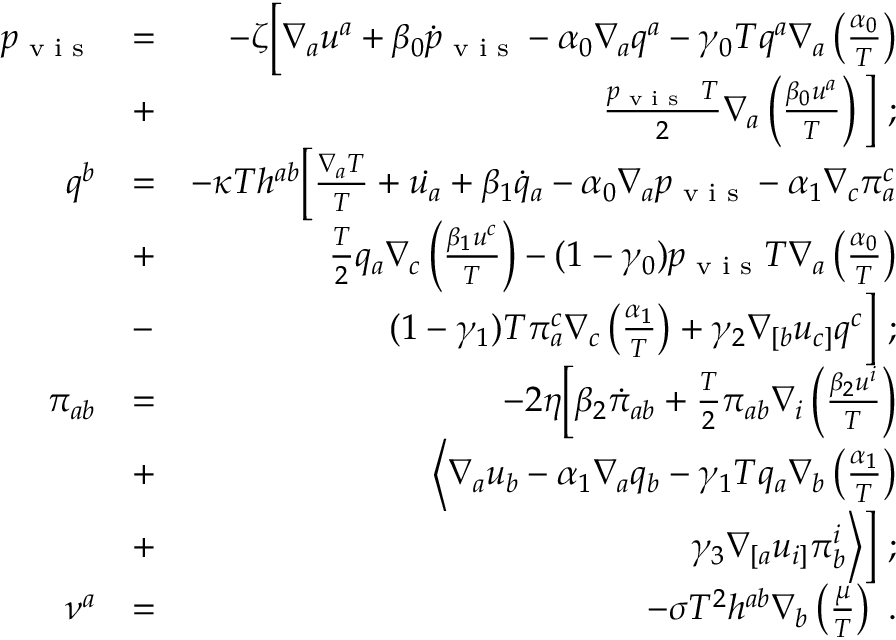
\begin{array} { r l r } { p _ { \textrm { v i s } } } & { = } & { - \zeta \Big [ \nabla _ { a } u ^ { a } + \beta _ { 0 } \dot { p } _ { \textrm { v i s } } - \alpha _ { 0 } \nabla _ { a } q ^ { a } - \gamma _ { 0 } T q ^ { a } \nabla _ { a } \left( \frac { \alpha _ { 0 } } { T } \right) } \\ & { + } & { \frac { p _ { \textrm { v i s } } ~ T } { 2 } \nabla _ { a } \left( \frac { \beta _ { 0 } u ^ { a } } { T } \right) \Big ] ~ ; } \\ { q ^ { b } } & { = } & { - \kappa T h ^ { a b } \Big [ \frac { \nabla _ { a } T } { T } + \dot { u _ { a } } + \beta _ { 1 } \dot { q } _ { a } - \alpha _ { 0 } \nabla _ { a } p _ { \textrm { v i s } } - \alpha _ { 1 } \nabla _ { c } \pi _ { a } ^ { c } } \\ & { + } & { \frac { T } { 2 } q _ { a } \nabla _ { c } \left( \frac { \beta _ { 1 } u ^ { c } } { T } \right) - ( 1 - \gamma _ { 0 } ) p _ { \textrm { v i s } } T \nabla _ { a } \left( \frac { \alpha _ { 0 } } { T } \right) } \\ & { - } & { ( 1 - \gamma _ { 1 } ) T \pi _ { a } ^ { c } \nabla _ { c } \left( \frac { \alpha _ { 1 } } { T } \right) + \gamma _ { 2 } \nabla _ { [ b } u _ { c ] } q ^ { c } \Big ] ~ ; } \\ { \pi _ { a b } } & { = } & { - 2 \eta \Big [ \beta _ { 2 } \dot { \pi } _ { a b } + \frac { T } { 2 } \pi _ { a b } \nabla _ { i } \left( \frac { \beta _ { 2 } u ^ { i } } { T } \right) } \\ & { + } & { \Big < \nabla _ { a } u _ { b } - \alpha _ { 1 } \nabla _ { a } q _ { b } - \gamma _ { 1 } T q _ { a } \nabla _ { b } \left( \frac { \alpha _ { 1 } } { T } \right) } \\ & { + } & { \gamma _ { 3 } \nabla _ { [ a } u _ { i ] } \pi _ { b } ^ { i } \Big > \Big ] ~ ; } \\ { \nu ^ { a } } & { = } & { - \sigma T ^ { 2 } h ^ { a b } \nabla _ { b } \left( \frac { \mu } { T } \right) ~ . } \end{array}